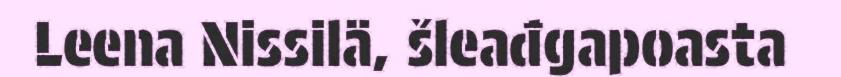
Leena Nissilä, šleađgapoasta